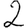
Digit: 2